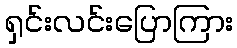
ရှင်းလင်းပြောကြား